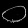
Digit: ၀